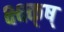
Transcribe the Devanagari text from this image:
क्ष्क्ष्क्ष्